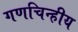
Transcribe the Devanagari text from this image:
गणचिन्हीय